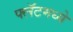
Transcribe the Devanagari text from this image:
फ्लॅटमध्ये